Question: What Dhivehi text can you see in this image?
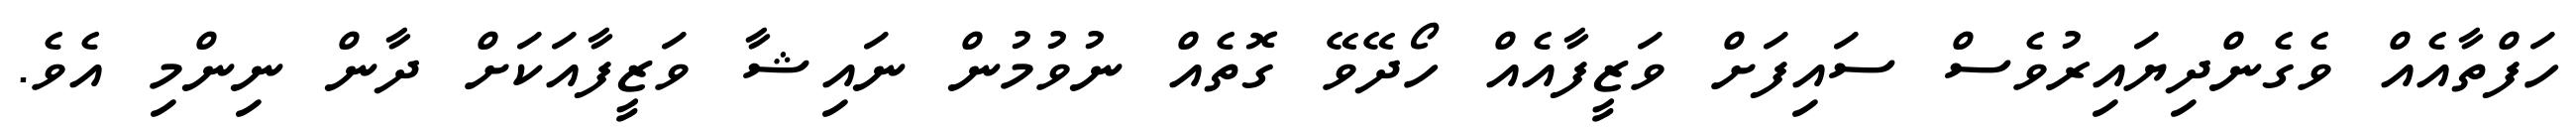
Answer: ހަފްތާއެއް ވެގެންދިޔައިރުވެސް ސައިފަށް ވަޒީފާއެއް ހޯދޭވޭ ގޮތެއް ނުވުމުން ނައިޝާ ވަޒީފާއަކަށް ދާން ނިންމި އެވެ.